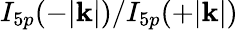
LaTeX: I_{5p}(-|\mathbf{k}|)/I_{5p}(+|\mathbf{k}|)